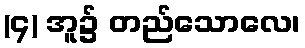
(၄) အူ၌ တည်သောလေ၊